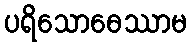
ပရိသောဓေဿာမ